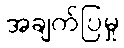
အချက်ပြမှု